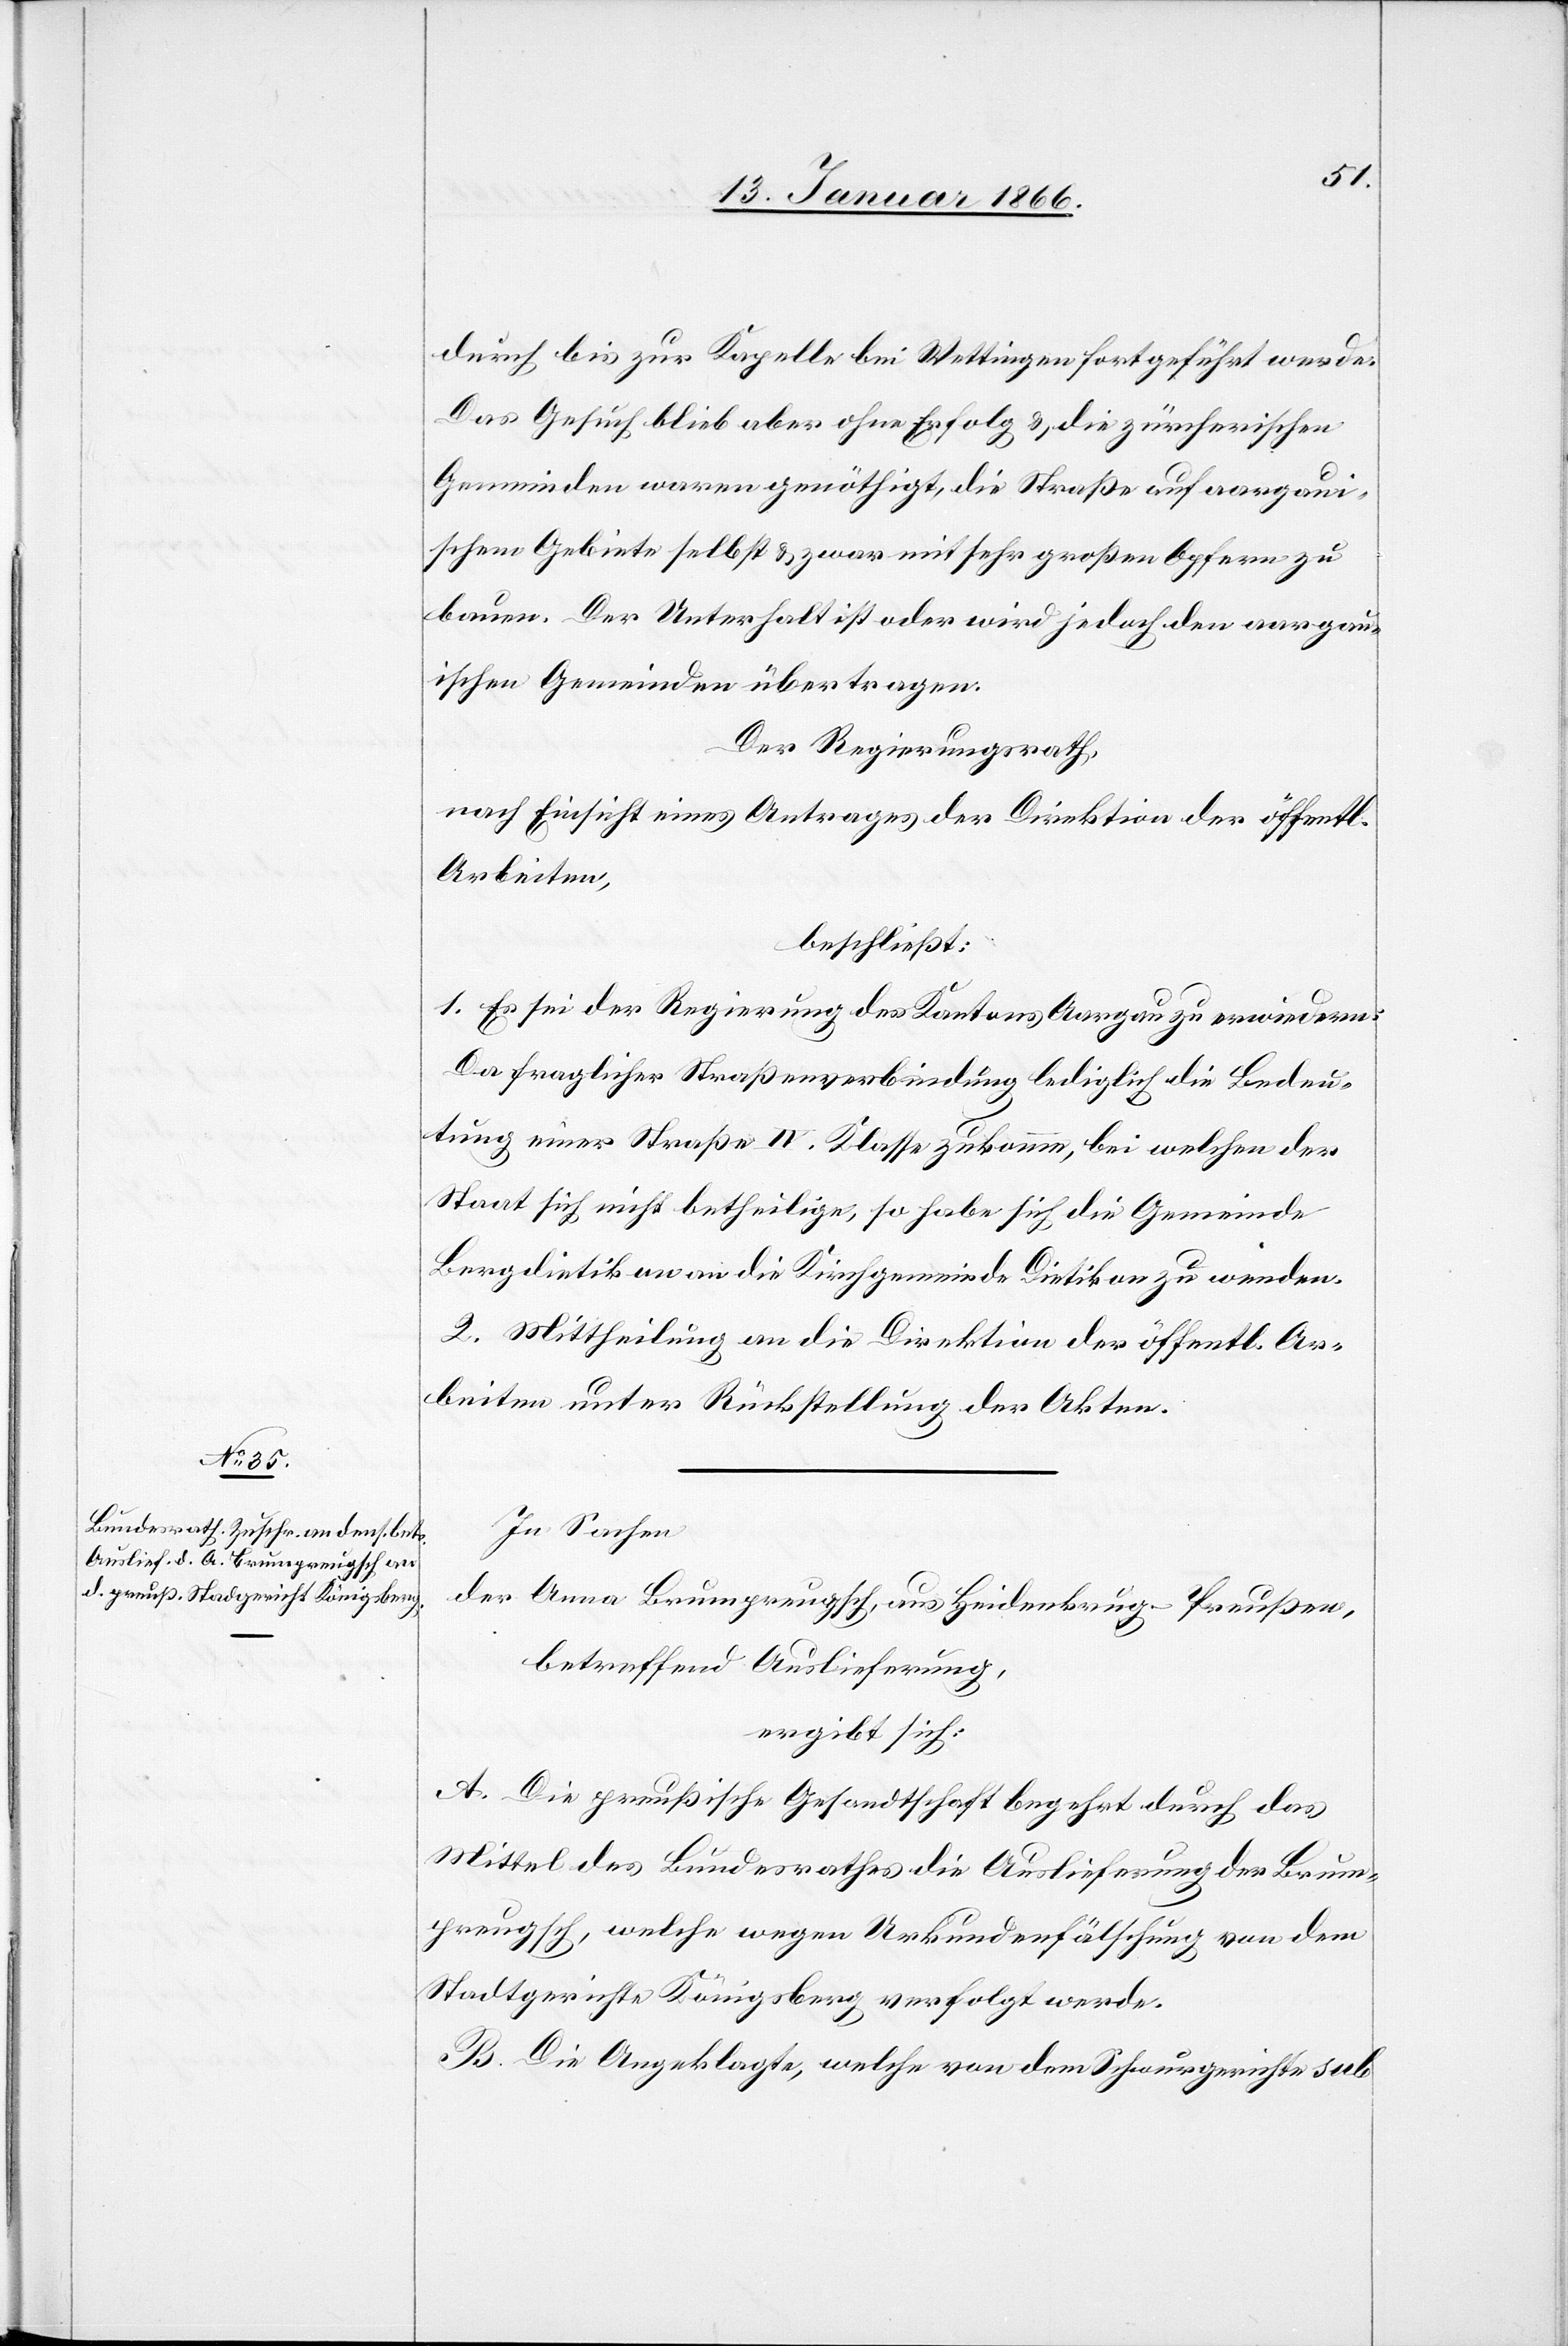
durch bis zur Kapelle bei Wettingen fortgeführt werde.
Das Gesuch blieb aber ohne Erfolg u. die zürcherischen
Gemeinden waren genöthigt, die Straße auf aargaui¬
schem Gebiete selbst u. zwar mit sehr großen Opfern zu
bauen. Der Unterhalt ist oder wird jedoch den aargau¬
ischen Gemeinden übertragen.
Der Regierungsrath,
nach Einsicht eines Antrages der Direktion der öffentl.
Arbeiten,
beschließt:
1. Es sei der Regierung des Kantons Aargau zu erwiedern:
Da fragliche Straßenverbindung lediglich die Bedeu¬
tung einer Straße IV. Klasse zukomme, bei welchen der
Staat sich nicht betheilige, so habe sich die Gemeinde
Bergdietikon an die Kirchgemeinde Dietikon zu wenden.
2. Mittheilung an die Direktion der öffentl. Ar¬
beiten unter Rückstellung der Akten.
In Sachen
der Anna Brumprupsch [sic!], aus Heidenbrug-Preußen,
betreffend Auslieferung,
ergibt sich:
A. Die preußische Gesandtschaft begehrt durch das
Mittel des Bundesrathes die Auslieferung der Brum¬
preupsch, welche wegen Urkundenfälschung von dem
Stadtgerichte Königsberg verfolgt werde.
B. Die Angeklagte, welche von dem Schwurgerichte sub.